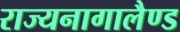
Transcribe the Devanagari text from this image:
राज्यनागालैण्ड